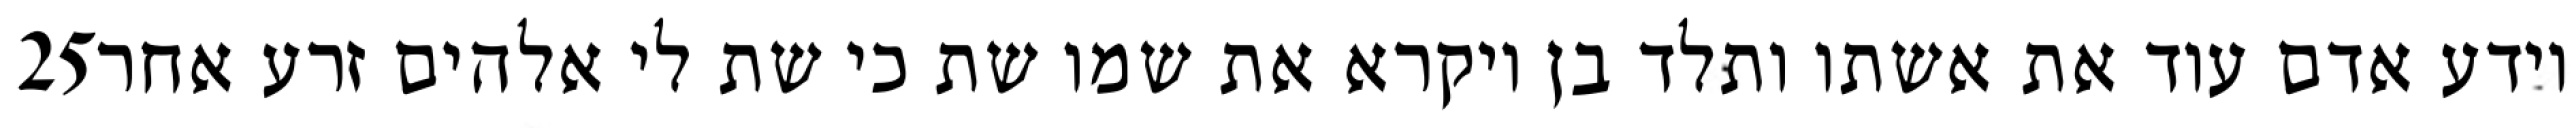
‎25‏ וידע אדם עוד את אשתו ותלד בן ויקרא את שמו שת כי שת לי אלהים זרע אחר